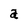
Character: a